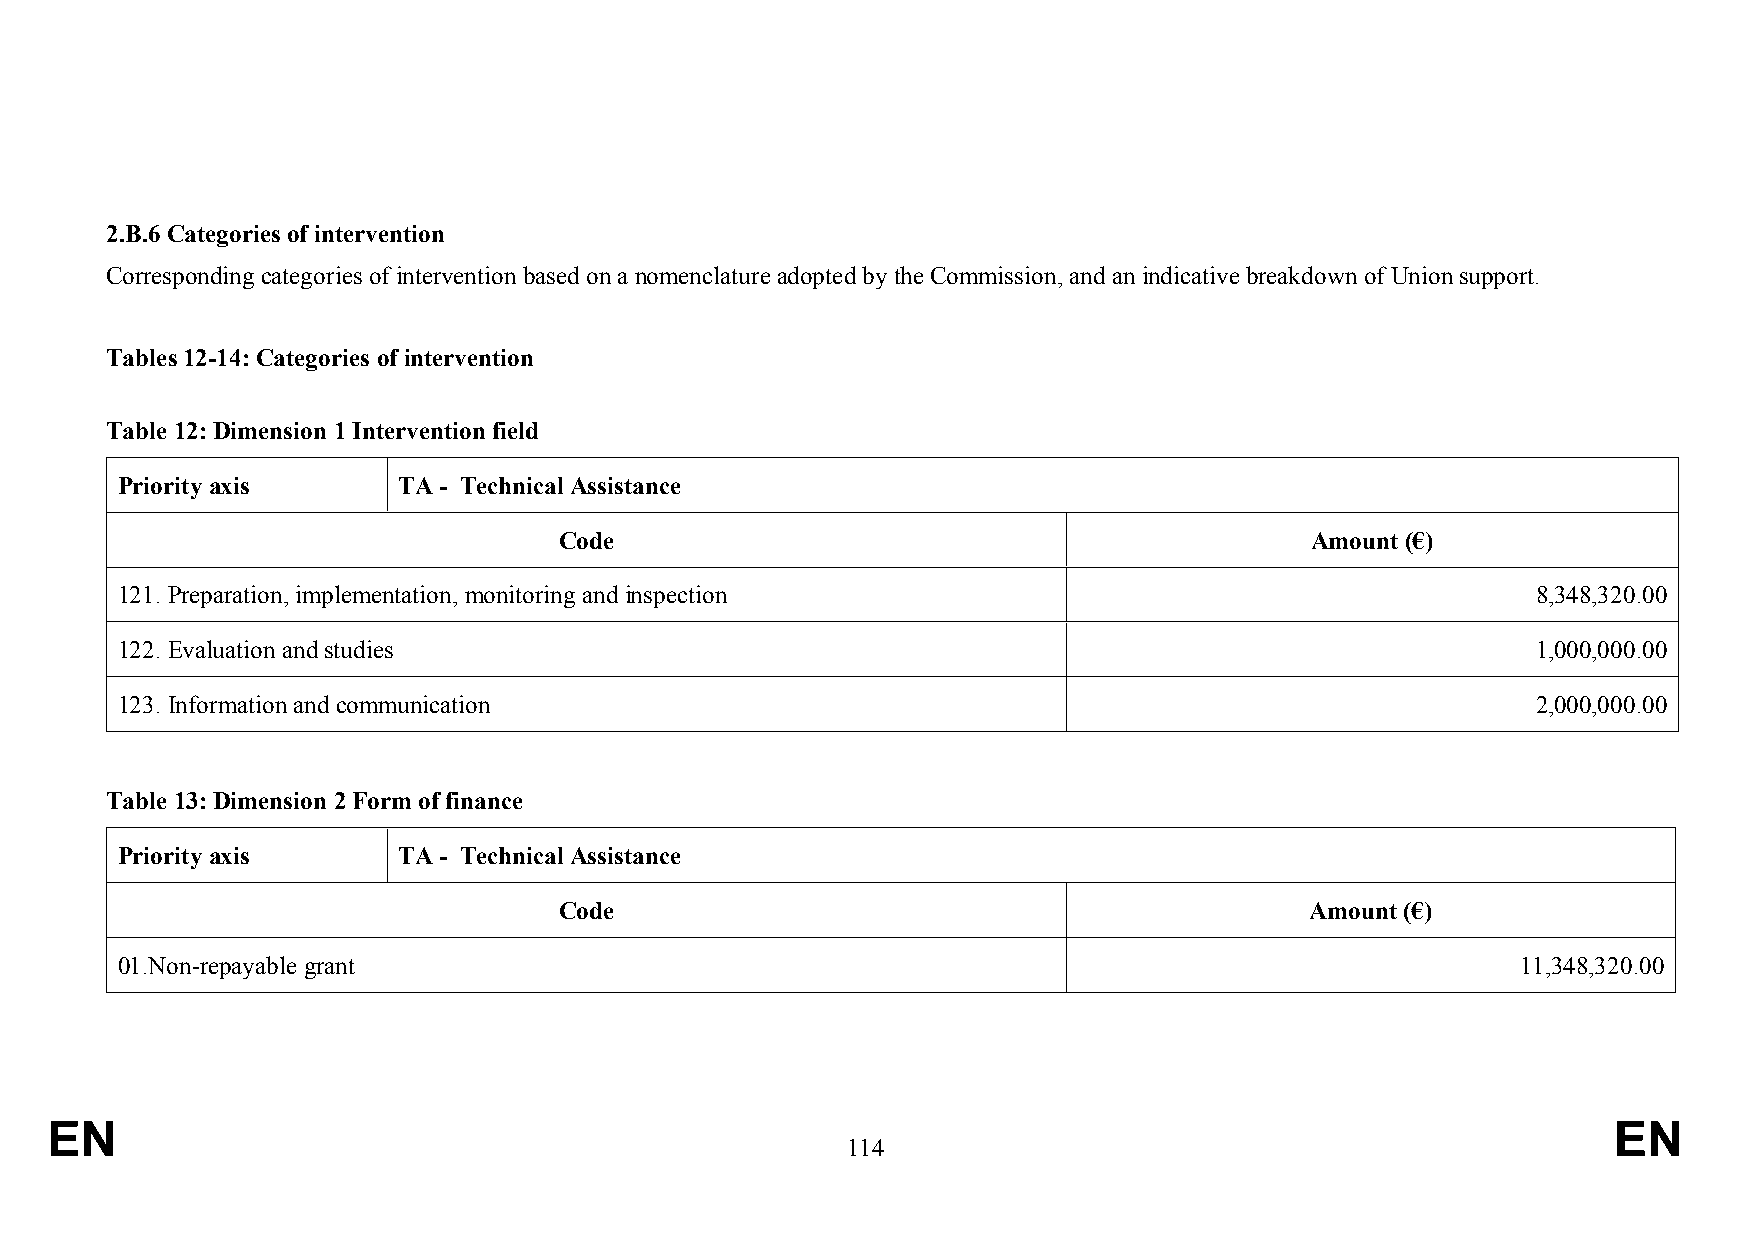
2.B.6 Categories of intervention
 Corresponding categories of intervention based on a nomenclature adopted by the Commission, and an indicative breakdown of Union support.
 Tables 12-14: Categories of intervention
 Table 12: Dimension 1 Intervention field
 Priority axis     TA - Technical Assistance
 Code                                              Amount (€)
 121. Preparation, implementation, monitoring and inspection                                   8,348,320.00
 122. Evaluation and studies                                                                   1,000,000.00
 123. Information and communication                                                            2,000,000.00
 Table 13: Dimension 2 Form of finance
 Priority axis     TA - Technical Assistance
 Code                                              Amount (€)
 01.Non-repayable grant                                                                       11,348,320.00
 EN                                                                                                      EN
 114